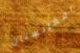
افغانستان